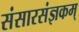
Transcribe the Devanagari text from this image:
संसारसंज्ञकम्